Annual returns of the Patna Lunatic Asylum at Bankipore in Bihar and Orissa - 1912-1924
Year: 1912
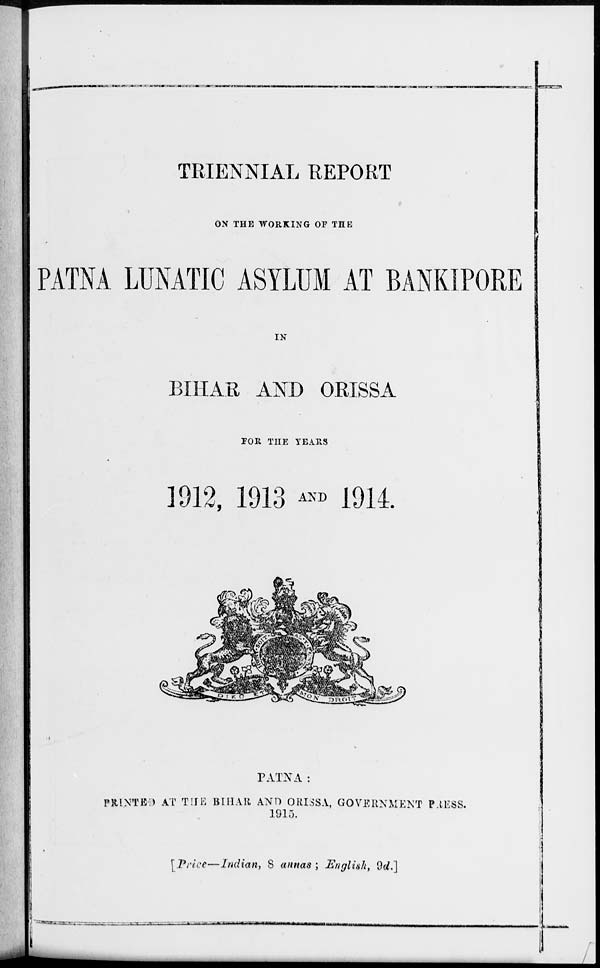
TRIENNIAL REPORT
ON THE WORKING OF THE
PATNA LUNATIC ASYLUM AT BANKIPORE
IN
BIHAR AND ORISSA
FOR THE YEARS
1912, 1913 AND 1914.
PATNA :
PRINTED AT THE BIHAR AND ORISSA, GOVERNMENT PRESS.
1915.
[ Price—Indian, 8 annas ; English, 9d.]